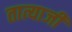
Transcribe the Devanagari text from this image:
तात्याजी